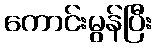
ကောင်းမွန်ပြီး